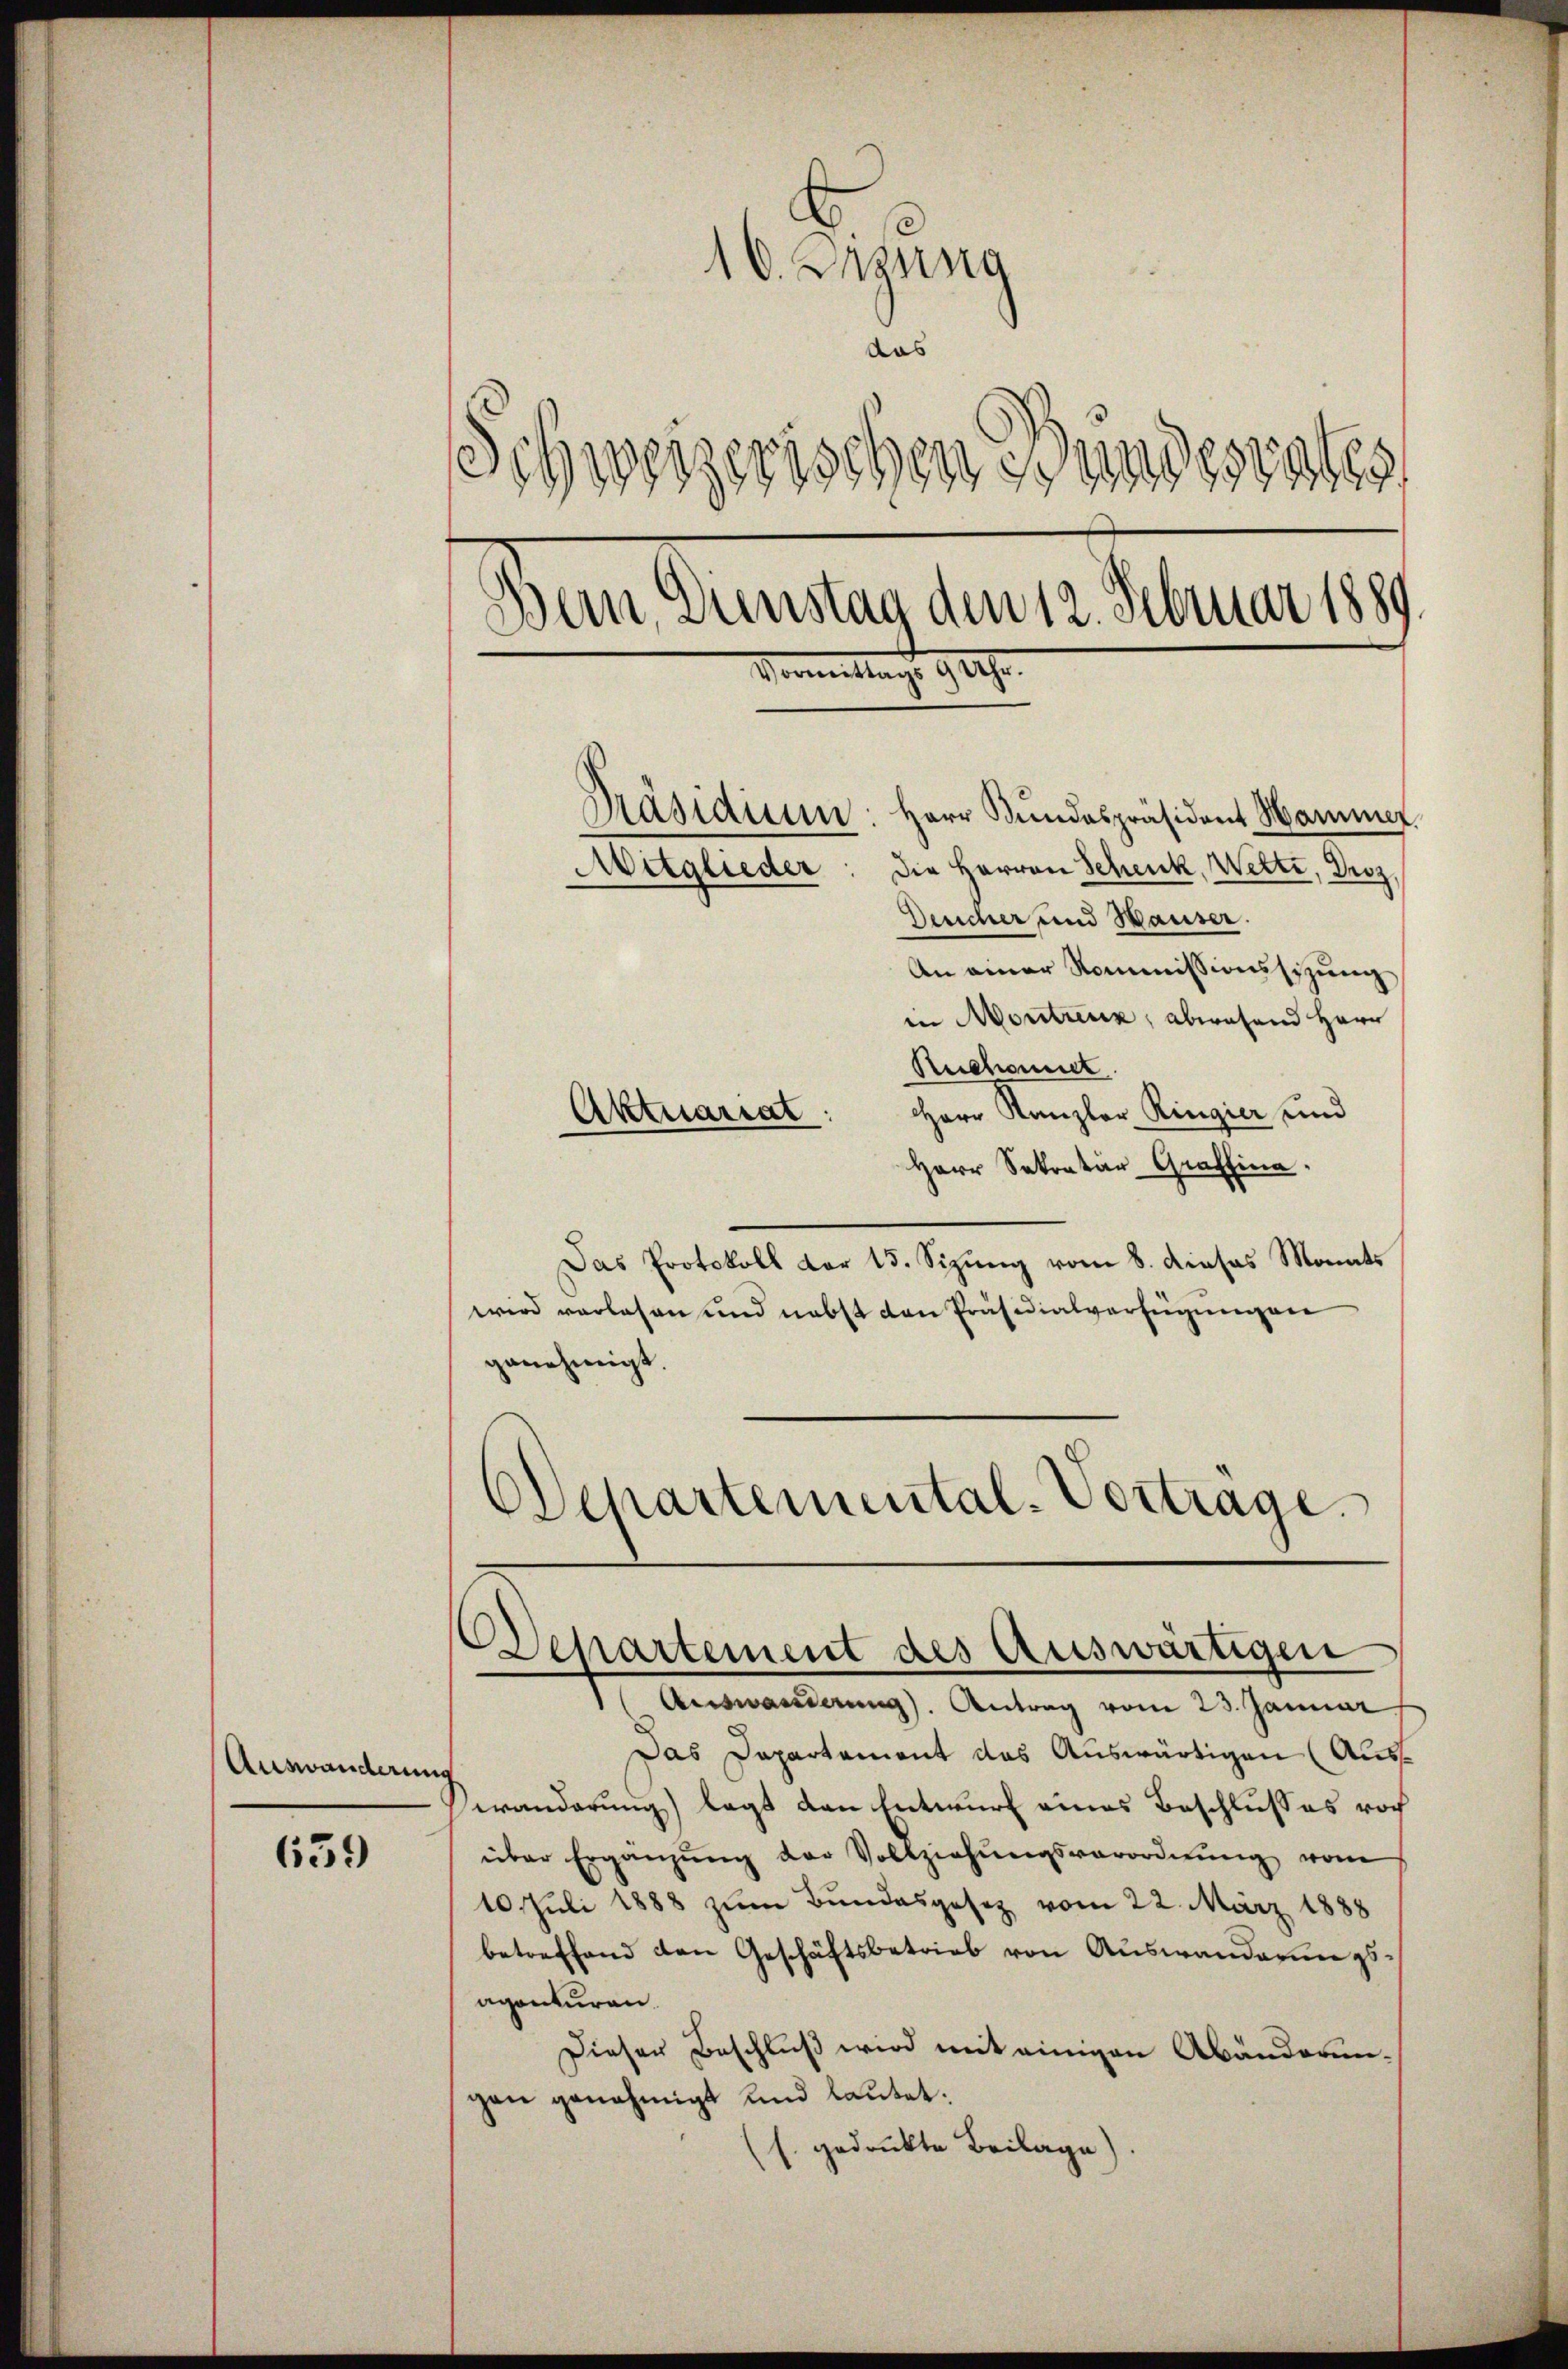
Auswanderung

659

10. Ingung
das
Schweizerischen Bundesrates
d
Wein, Sunstag den 12. Februar 1889.
Vormittags 9 Uhr.
Präsidium: Herr Bŭndespräsident Marmer
Mitglieder: die Herren Schenk, Wette, Droz,
Deucher und Hauser.
An einer Kommissionssitzung

in Montreux, abwesend Herr
Ruchonne
Herr Kanzler Ringier und
Aktuariat
Herr Sekretär Graffina
Das Protokoll der 15. Sizung vom 8. dieses Monats
wird verlesen und nebst den Präsidialverfügungen
genehmigt
DDepartemental-Vortrage.

Departement des Auswärtigen
Auswanderung). Antrag vom 23. Januar

Das Dapartament das Auswärtigen (Auswanderung) lagt den Entwurf eines Beschlusses noch
über Ergänzŭng der Vollziehŭngsverordnŭng vom
10. Juli 1888 zum Bundesgesetz vom 22. März 1888
betreffend den Geschäftsbetrieb von Auswanderungsaganturen
Dieser Beschluß wird mit einigen Abänderungen genehmigt und lautet.
s. gedruckte Beilage).